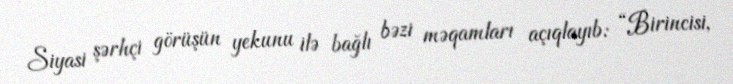
Siyasi şərhçi görüşün yekunu ilə bağlı bəzi məqamları açıqlayıb: “Birincisi,